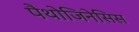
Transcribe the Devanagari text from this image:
पैथोजिनेसिस